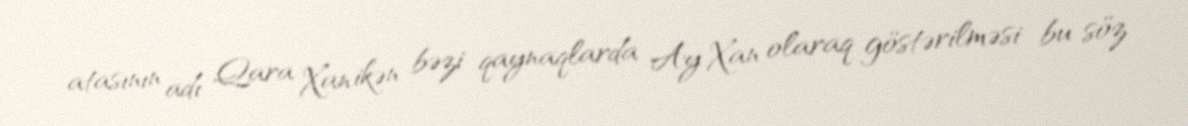
atasının adı Qara Xan ikən bəzi qaynaqlarda Ay Xan olaraq göstərilməsi bu söz